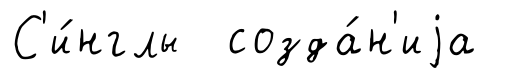
С'и́нглы созда́н'иjа